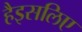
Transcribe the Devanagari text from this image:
हैइसलिए